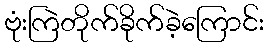
ဗုံးကြဲတိုက်ခိုက်ခဲ့ကြောင်း